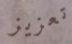
تعزيز